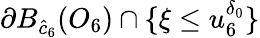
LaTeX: \partial B_{\hat{c}_{6}}(O_{6})\cap\{ \xi\leq u_{6}^{\delta_{0}}\}